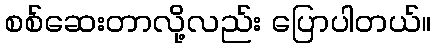
စစ်ဆေးတာလို့လည်း ပြောပါတယ်။